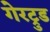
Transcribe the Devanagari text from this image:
गेरट्रुड